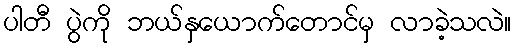
ပါတီ ပွဲကို ဘယ်နှယောက်တောင်မှ လာခဲ့သလဲ။